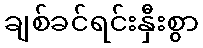
ချစ်ခင်ရင်းနှီးစွာ